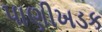
પાણીખડક